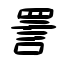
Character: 詈